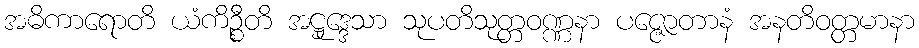
အဓိကာရောတိ ယံကိဉ္စီတိ အဋ္ဌုဒ္ဒေသာ သုပတိသုတ္တဝဏ္ဏနာ ပဇ္ဇောတာနံ အနတိဝတ္တမာနာ